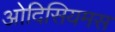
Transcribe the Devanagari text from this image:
ओदिसियमस